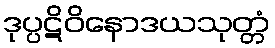
ဒုပ္ပဋိဝိနောဒယသုတ္တံ